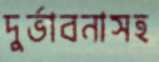
দুর্ভাবনাসহ